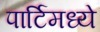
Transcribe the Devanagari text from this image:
पार्टिमध्ये